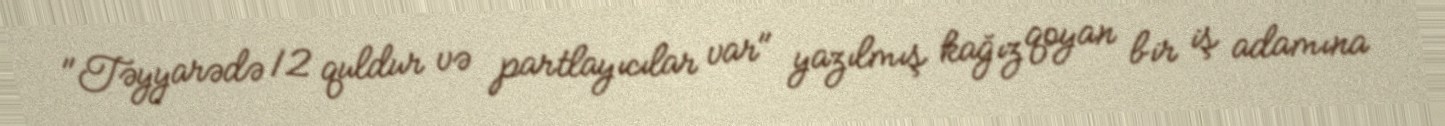
"Təyyarədə 12 quldur və partlayıcılar var" yazılmış kağız qoyan bir iş adamına